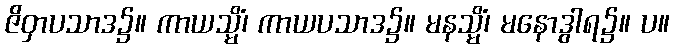
ဇိဝှာပသာဒ၌။ ကာယသ္မိံ၊ ကာယပသာဒ၌။ မနသ္မိံ၊ မနောဒွါရ၌။ ပ။